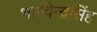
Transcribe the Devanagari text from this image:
भार्गवेन्द्रसिंह